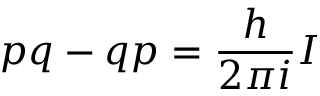
p q - q p = { \frac { h } { 2 \pi i } } I